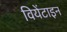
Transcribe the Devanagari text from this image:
वियेंटाइन